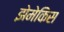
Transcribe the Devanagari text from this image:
झेमेकिस